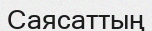
Саясаттың